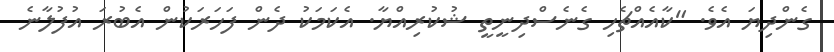
ގެންދިޔަ އެވެ. "ކާއެއްޗެހި ގެނެސްދިނީތީ ޝުކުރިއްޔާ. އެކަމަކު ދެން ފަހަރަކުން އެބުރަ އުފުލާނެ